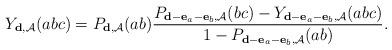
LaTeX: \begin{align*}Y_{\mathbf{d}, \mathcal{A}} (abc) = P_{\mathbf{d}, \mathcal{A}} (ab) \frac {P_{\mathbf{d} - \mathbf{e}_a - \mathbf{e}_b, \mathcal{A}} (bc)-Y_{\mathbf{d} - \mathbf{e}_a - \mathbf{e}_b, \mathcal{A}} (abc)} {1 - P_{\mathbf{d} - \mathbf{e}_a - \mathbf{e}_b, \mathcal{A}} (ab)} .\end{align*}